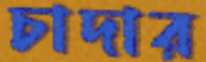
চাদার